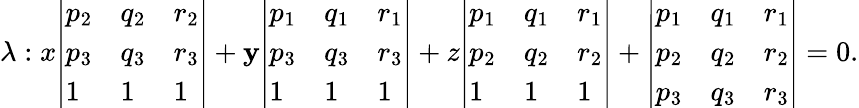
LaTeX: \lambda:x{\left|\begin{array}{lll}{p_{2}}&{q_{2}}&{r_{2}}\\ {p_{3}}&{q_{3}}&{r_{3}}\\ {1}&{1}&{1}\end{array}\right|}+\mathbf{y}{\left|\begin{array}{lll}{p_{1}}&{q_{1}}&{r_{1}}\\ {p_{3}}&{q_{3}}&{r_{3}}\\ {1}&{1}&{1}\end{array}\right|}+z{\left|\begin{array}{lll}{p_{1}}&{q_{1}}&{r_{1}}\\ {p_{2}}&{q_{2}}&{r_{2}}\\ {1}&{1}&{1}\end{array}\right|}+{\left|\begin{array}{lll}{p_{1}}&{q_{1}}&{r_{1}}\\ {p_{2}}&{q_{2}}&{r_{2}}\\ {p_{3}}&{q_{3}}&{r_{3}}\end{array}\right|}=0.